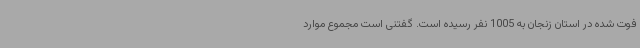
فوت شده در استان زنجان به 1005 نفر رسیده است. گفتنی است مجموع موارد